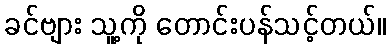
ခင်ဗျား သူ့ကို တောင်းပန်သင့်တယ်။